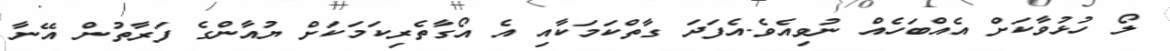
ލޯ ހުޅުވާކަށް އެއްބަހެއް ނުވިއެވެ.އެފަދަ ގާތްކަމަކާއި އެ އޯގާތެރިކަމަކަށް ޔުއާންގެ ފަރާތުން އޭނާ